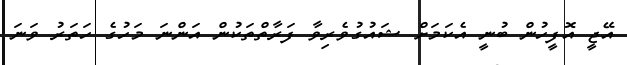
އޭޖީ އޮފީހުން ބުނީ އެކަމަށް ޝައުގުވެރިވާ ފަރާތްތަކުން އަންނަ މަހުގެ ހަތަރު ވަނަ